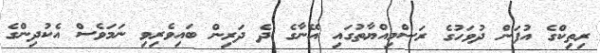
ރިތިކްގެ އުފަން ދުވަހުގެ ރަސްމިއްޔާތުގައި އޭނާގެ ދެ ދަރިން ބައިވެރިވި ނަމަވެސް އެކުދިންގެ